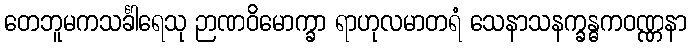
တေဘူမကသင်္ခါရေသု ဉာဏဝိမောက္ခာ ရာဟုလမာတရံ သေနာသနက္ခန္ဓကဝဏ္ဏနာ